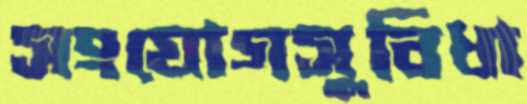
সংযোগসুবিধা